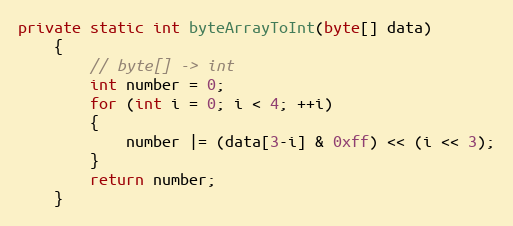
Language: Java
private static int byteArrayToInt(byte[] data)
    {
        // byte[] -> int
        int number = 0;
        for (int i = 0; i < 4; ++i)
        {
            number |= (data[3-i] & 0xff) << (i << 3);
        }
        return number;
    }